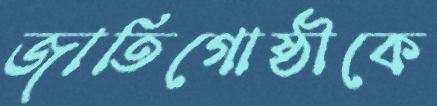
জাতিগোষ্ঠীকে